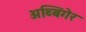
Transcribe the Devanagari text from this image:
अब्बिगेर